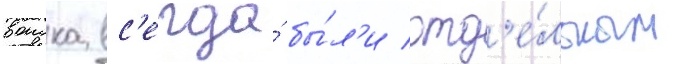
воиска вс'егда́ бы́л'и отд'е́льным